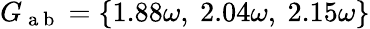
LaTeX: G_{\mathrm{~a~b~}}=\{ 1.88\omega,~2.04\omega,~2.15\omega\}